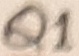
Text: Q1